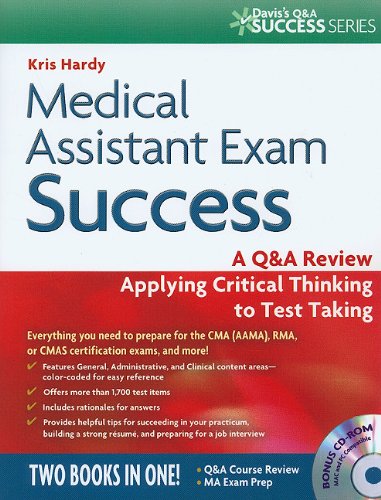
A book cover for Medical Assistant Exam Success: A Q&A Review Applying Critical Thinking to Test Taking (Davis's Q&a Success Series); Kris Hardy CMA (AAMA)  CDF  RHE  AS; Medical Books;